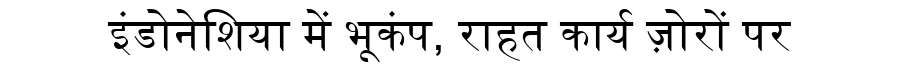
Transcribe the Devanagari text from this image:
इंडोनेशिया में भूकंप, राहत कार्य ज़ोरों पर